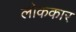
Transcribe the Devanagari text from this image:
लोककार